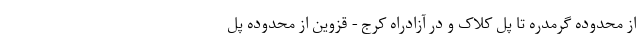
از محدوده گرمدره تا پل کلاک و در آزادراه کرج - قزوین از محدوده پل